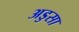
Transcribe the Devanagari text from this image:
अडुसा